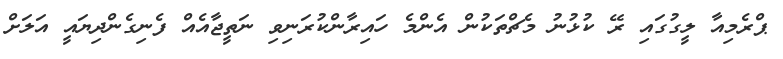
ޕްރެމިއާ ލީގުގައި ރޭ ކުޅުނު މެޗްތަކުން އެންމެ ހައިރާންކުރަނިވި ނަތީޖާއެއް ފެނިގެންދިޔައީ އަލަށް